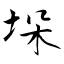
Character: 垛